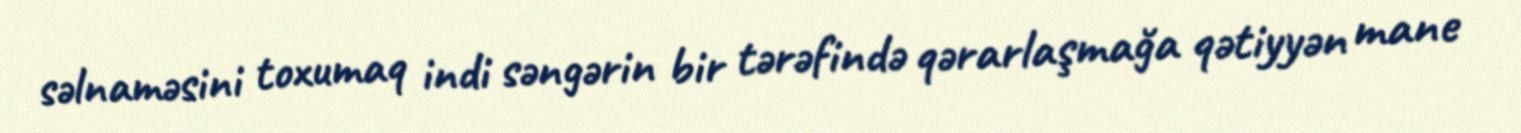
səlnaməsini toxumaq indi səngərin bir tərəfində qərarlaşmağa qətiyyən mane